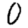
Digit: 0